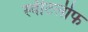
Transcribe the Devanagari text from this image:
स्वीटलीफ